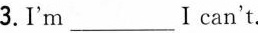
3.I'm___I can't.